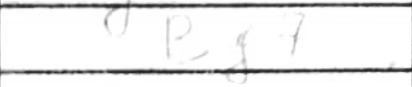
Transcription: Bg7